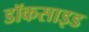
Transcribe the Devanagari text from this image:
डॉकसाइड